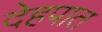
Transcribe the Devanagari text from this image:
देहपात